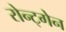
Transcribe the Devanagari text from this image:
रोन्ट्गेेन